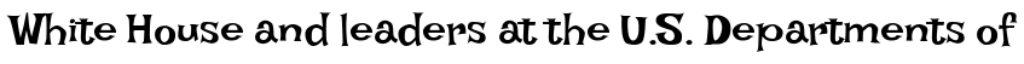
White House and leaders at the U.S. Departments of